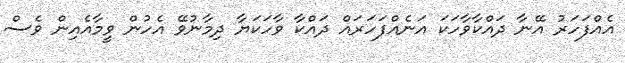
އެއްފަހަރު އޭނާ ދައްކާވާހަކަ އަނެއްފަހަރައް ދައްކާ ވާހަކަޔާ ދިމާނުވޭ އެހުން ވީމާއެއިން ވެސް